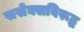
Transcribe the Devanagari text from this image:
ससेक्सविरूद्ध